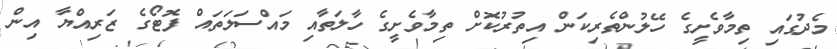
މެދުގައި ތިމާވެށީގެ ހޭލުންތެރިކަން އިތުރުކޮށް ތިމާވެށީގެ ހާލަތާއި މައްސަލަތައް ފޮޓޯގެ ޒަރިއްޔާ އިން